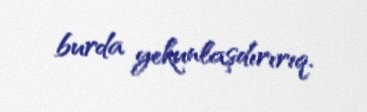
burda yekunlaşdırırıq.